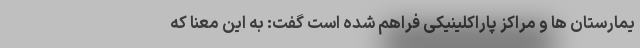
یمارستان ها و مراکز پاراکلینیکی فراهم شده است گفت: به این معنا که